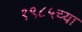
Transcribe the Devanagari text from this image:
१९८५च्या